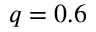
q = 0 . 6